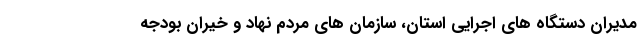
مدیران دستگاه های اجرایی استان، سازمان های مردم نهاد و خیران بودجه